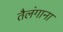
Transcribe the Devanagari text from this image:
तैलंगाना